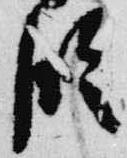
臨